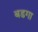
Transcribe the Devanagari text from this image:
बडगा